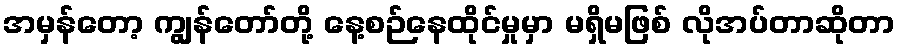
အမှန်တော့ ကျွန်တော်တို့ နေ့စဉ်နေထိုင်မှုမှာ မရှိမဖြစ် လိုအပ်တာဆိုတာ